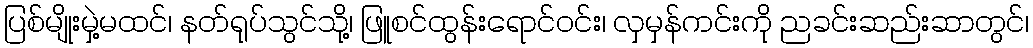
ပြစ်မျိုးမှဲ့မထင်၊ နတ်ရုပ်သွင်သို့၊ ဖြူစင်ထွန်းရောင်ဝင်း၊ လှမှန်ကင်းကို ညခင်းဆည်းဆာတွင်၊